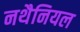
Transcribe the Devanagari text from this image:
नथैनियल